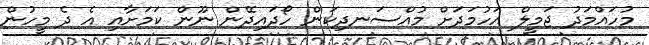
މުހައްމަދު ޖަމީލް އަހުމަދަށް މުއްސަނދިކަން ހޯދައިދޭން ނޫން ކަމަށާއި އެ ދެ މީހުން